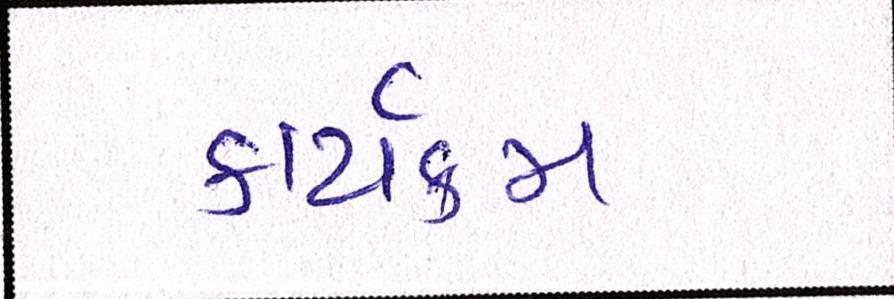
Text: કાર્યક્મ